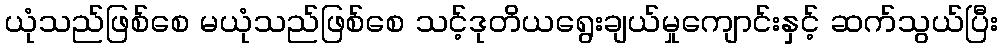
ယုံသည်ဖြစ်စေ မယုံသည်ဖြစ်စေ သင့်ဒုတိယရွေးချယ်မှုကျောင်းနှင့် ဆက်သွယ်ပြီး